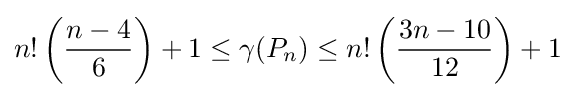
n!\left({\frac {n-4}{6}}\right)+1\leq \gamma (P_{n})\leq n!\left({\frac {3n-10}{12}}\right)+1